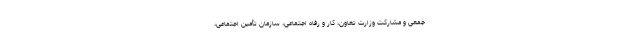
جمعی و مشارکت وزارت تعاون، کار و رفاه اجتماعی، سازمان تأمین اجتماعی،